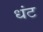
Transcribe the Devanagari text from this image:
धंट